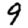
Digit: 9